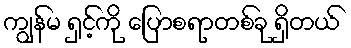
ကျွန်မ ရှင့်ကို ပြောစရာတစ်ခု ရှိတယ်